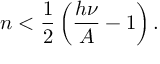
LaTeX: n < \frac { 1 } { 2 } \left( \frac { h \nu } { A } - 1 \right) .